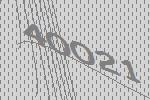
40021